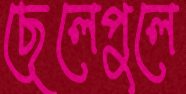
ছেলেপুলে